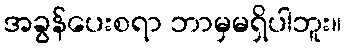
အခွန်ပေးစရာ ဘာမှမရှိပါဘူး။